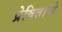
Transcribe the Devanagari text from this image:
प्रेषिताचे